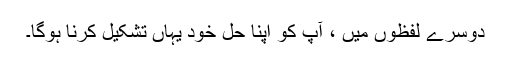
دوسرے لفظوں میں ، آپ کو اپنا حل خود یہاں تشکیل کرنا ہوگا۔